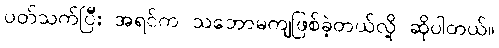
ပတ်သက်ပြီး အရင်က သဘောမကျဖြစ်ခဲ့တယ်လို့ ဆိုပါတယ်။